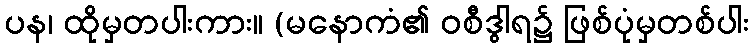
ပန၊ ထိုမှတပါးကား။ (မနောကံ၏ ဝစီဒွါရ၌ ဖြစ်ပုံမှတစ်ပါး